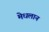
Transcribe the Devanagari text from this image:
मेधलान